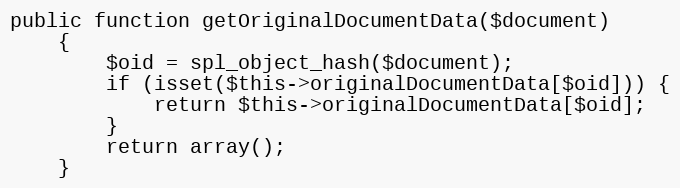
Language: PHP
public function getOriginalDocumentData($document)
    {
        $oid = spl_object_hash($document);
        if (isset($this->originalDocumentData[$oid])) {
            return $this->originalDocumentData[$oid];
        }
        return array();
    }